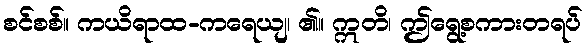
စင်စစ်။ ကယိရာထ-ကရေယျ၊ ၏။ ဣတိ၊ ဤရွေ့စကားတရပ်